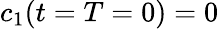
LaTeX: c_{1}(t=T=0)=0